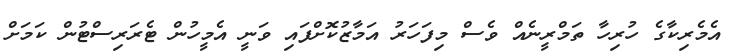
އެމެރިކާގެ ހުރިހާ ތަމްރީނެއް ވެސް މިފަހަރު އަމާޒުކޮށްފައި ވަނީ އެމީހުން ޓެރަރިސްޓުން ކަމަށް